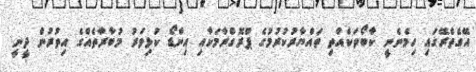
އޭގެތެރޭގައި ހިމެނެނީ ކާބޯތަކެއްތި ތައްޔާރުކުރުމުގެ ޕްރޮގްރާމަކާއި އިންޑޯ ކުޅިވަރު މުބާރާތެއްގެ އިތުރުން ދީނީ